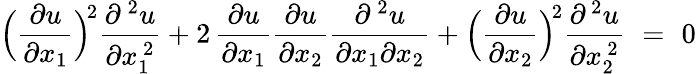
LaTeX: \Bigl(\frac{\partial u}{\partial x_{1}}\Bigr)^{\! 2}\frac{\partial^{\, 2}u}{\partial x_{1}^{\, 2}}+2\, \frac{\partial u}{\partial x_{1}}\frac{\partial u}{\partial x_{2}}\frac{\partial^{\, 2}u}{\partial x_{1}\partial x_{2}}+\Bigl(\frac{\partial u}{\partial x_{2}}\Bigr)^{\! 2}\frac{\partial{\, ^{2}}u}{\partial x_{2}^{\, 2}}\, \, =\, \, 0